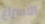
الاسراع